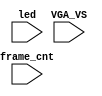
`timescale 1ns/1ps

module mist_dump(
    input           VGA_VS,
    input           led,
    input   [31:0]  frame_cnt
);

`ifdef DUMP
`ifndef NCVERILOG // iVerilog:
    initial begin
        // #(200*100*1000*1000);
        $display("DUMP enabled");
        $dumpfile("test.lxt");
    end
    `ifdef LOADROM
    always @(negedge led) if( $time > 20000 ) begin // led = downloading signal
        $display("DUMP starts");
        $dumpvars(0,mist_test);
        $dumpon;
    end
    `else
    initial begin
        $display("DUMP starts");
        `ifdef DEEPDUMP
            $dumpvars(0,mist_test);
        `else
            $dumpvars(1,mist_test.UUT.u_game.u_main);
            //$dumpvars(1,mist_test.UUT.u_game.u_sound);
            //$dumpvars(1,mist_test.UUT.u_game.u_rom);
            $dumpvars(0,mist_test.UUT.u_game.u_video.u_obj.u_ram);
            $dumpvars(0,mist_test.UUT.u_game.u_video.u_obj);
        `endif
        $dumpon;
    end
    `endif
`else // NCVERILOG
    `ifndef VIDEO_START
    initial begin
    `else
    always @(negedge VGA_VS) if( frame_cnt==`VIDEO_START ) begin
    `endif
        $display("NC Verilog: will dump all signals");
        $shm_open("test.shm");
        `ifdef DEEPDUMP
            $shm_probe(mist_test,"AS");
        `else
            $shm_probe(frame_cnt);
            $shm_probe(UUT.u_game,"A");
            $shm_probe(UUT.u_game.u_main,"A");
            // $shm_probe(UUT.u_game.u_main.u_ay0,"AS");
            // $shm_probe(UUT.u_game.u_main.u_ay1,"AS");
            // $shm_probe(UUT.u_game.u_rom,"AS");
            $shm_probe(UUT.u_game.u_video,"A");
            $shm_probe(UUT.u_game.u_video.u_obj,"AS");
            $shm_probe(UUT.u_game.u_video.u_colmix,"A");
        `endif
    end
`endif
`endif

endmodule // mist_dump